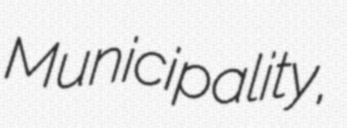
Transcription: Municipality,